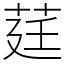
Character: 莛